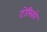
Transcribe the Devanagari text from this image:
टोरिको